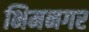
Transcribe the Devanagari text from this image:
भिमनगर